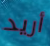
أريد